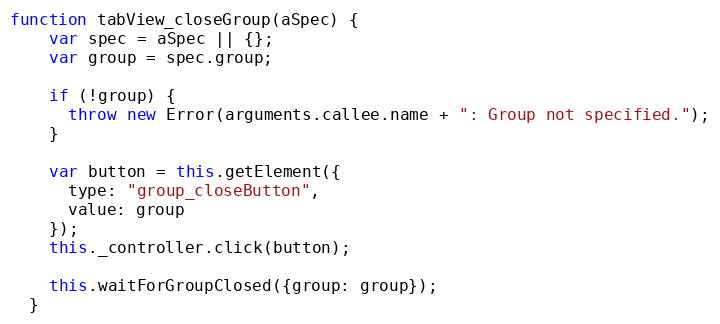
Language: JavaScript
function tabView_closeGroup(aSpec) {
    var spec = aSpec || {};
    var group = spec.group;

    if (!group) {
      throw new Error(arguments.callee.name + ": Group not specified.");
    }

    var button = this.getElement({
      type: "group_closeButton",
      value: group
    });
    this._controller.click(button);

    this.waitForGroupClosed({group: group});
  }